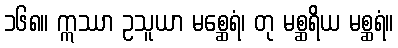
၁၆၈။ ဣဿာ ဥသူယာ မစ္ဆေရံ၊ တု မစ္ဆရိယ မစ္ဆရံ။